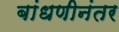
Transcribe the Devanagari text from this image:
बांधणीनंतर